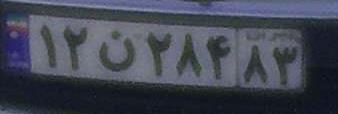
۱۲ن۲۸۴۸۳